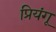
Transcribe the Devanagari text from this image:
प्रियंगू